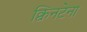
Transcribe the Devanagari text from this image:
क्विनटेना